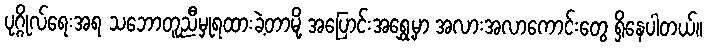
ပုဂ္ဂိုလ်ရေးအရ သဘောတူညီမှုရထားခဲ့တာမို့ အပြောင်းအရွှေ့မှာ အလားအလာကောင်းတွေ ရှိနေပါတယ်။